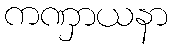
ကဏှာယနာ